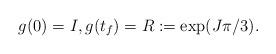
LaTeX: \begin{align*}g(0) = I,g(t_f) = R := \exp(J\pi/3).\end{align*}